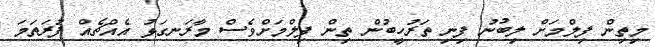
މިތިން ފިލްމަށް ލިބުނު ފިނި ތަރުހީބުން ތިން ފިލްމަށްވެސް މާރަނގަޅު އެއްޗެއް ފުރަތަމަ